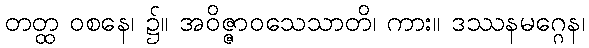
တတ္ထ ဝစနေ၊ ၌။ အဝိဇ္ဇာဝသေသာတိ၊ ကား။ ဒဿနမဂ္ဂေန၊